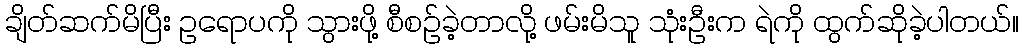
ချိတ်ဆက်မိပြီး ဥရောပကို သွားဖို့ စီစဉ်ခဲ့တာလို့ ဖမ်းမိသူ သုံးဦးက ရဲကို ထွက်ဆိုခဲ့ပါတယ်။